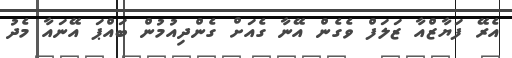
އެރޭ ފަޔާޒްއާ ޒަލަފް ވެގެން އޭނާ ގެއަށް ގެންދިއުމުން ބައްޕަ އޭނައާ މެދު